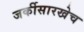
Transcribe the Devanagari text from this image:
जर्कीसारखेच